Civil Veterinary Department Bihar & Orissa reports 1929-36 - 1929-1936
Year: 1929
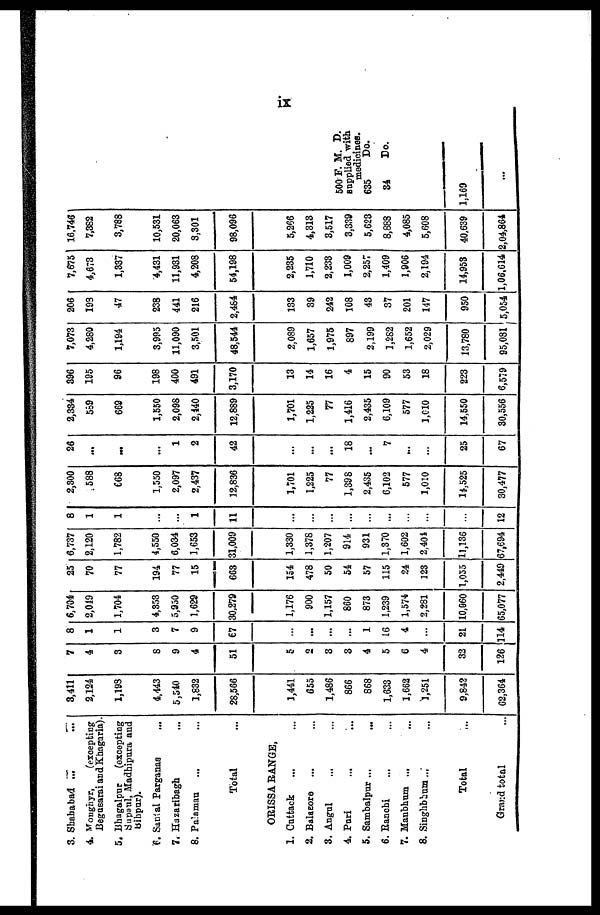
ix
3. Shaba bad ...
...
4. Monghyr, (excepting
Begusarai and Khagaria).
5. Bhagalpur (excepting
Supaul, Madhipura and
Bihpur).
6. Santal Parganas ...
7. Hazaribagh ...
8. Palamau ... ...
Total ...
ORISSA RANGS,
1. Cuttack ... ...
2. Balasore ... ...
3. Angul ... ...
4. Puri ... ...
5. Sambalpur ... ...
6. Ranchi ... ...
7. Manbhum ... ...
8. Singhbhum ... ...
Total
Grand total ...
3,411
2,124
1,193
4,443
5,540
1,832
28,586
1,441
655
1,486
866
868
1,633
1,662
1,251
9,842
62,364
7
4
3
8
9
4
51
5
2
3
3
4
5
6
4
32
126
8
1
1
3
7
9
67
...
...
...
...
1
16
4
...
21
114
6,704
2,019
1,704
4,353
5,950
1,629
30,279
1,176
900
1,157
860
873
1,239
1,574
2,281
10,060
65,077
25
70
77
194
77
15
663
154
478
50
54
57
115
24
123
1,055
2,449
6,737
2,120
1,782
4,550
6,034
1,653
31,009
1,330
1,378
1,207
914
931
1,370
1,602
2,404
11,136
67,694
8
1
1
...
...
1
11
...
...
...
...
...
...
...
...
...
12
2,300
588
668
1,550
2,097
2,437
12,836
1,701
1,225
77
1,398
2,435
6,102
577
1,010
14,525
30,477
26
...
...
...
1
2
42
...
...
...
18
...
7
...
...
25
67
2,334
589
669
1,550
2,098
2,440
12,889
1,701
1,225
77
1,416
2,435
6,109
577
1,010
14,550
30,556
396
195
96
198
400
491
3,170
13
14
16
4
15
90
53
18
223
6,579
7,073
4,280
1,194
3,995
11,090
3,501
48,544
2,089
1,657
1,975
897
2,199
1,282
1,652
2,029
13,780
95,081
206
193
47
238
441
216
2,484
133
39
242
108
43
37
201
147
950
5,054
7,675
4,673
1,337
4,431
11,931
4,208
54,198
2,235
1,710
2,233
1,009
2,257
1,409
1,906
2,194
14,953
1,06,614
16,746
7,382
3,788
10,531
20,063
8,301
98,096
5,266
4,313
3,517
3,339
5,623
8,888
4,085
5,608
40,639
2,04,864
500 F. M. D.
supplied with.
medicines.
635
Do.
34
Do.
1,169
...